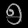
Digit: ၅